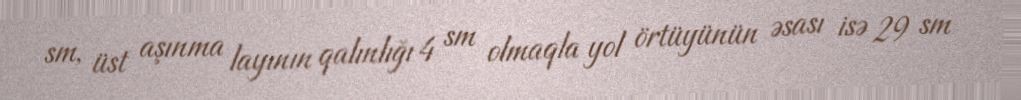
sm, üst aşınma layının qalınlığı 4 sm olmaqla yol örtüyünün əsası isə 29 sm